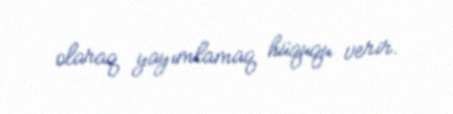
olaraq yayımlamaq hüququ verir.